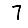
Digit: 7